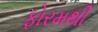
ફોરમથી